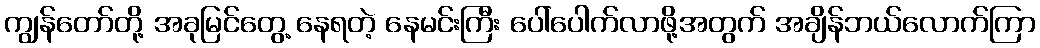
ကျွန်တော်တို့ အခုမြင်တွေ့ နေရတဲ့ နေမင်းကြီး ပေါ်ပေါက်လာဖို့အတွက် အချိန်ဘယ်လောက်ကြာ